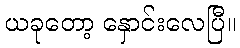
ယခုတော့ နှောင်းလေပြီ။